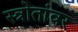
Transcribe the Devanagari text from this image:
स्त्रोतांवर